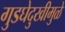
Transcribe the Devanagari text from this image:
गुडघेदुखीमुळे